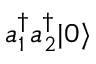
a _ { 1 } ^ { \dag } a _ { 2 } ^ { \dag } | 0 \rangle